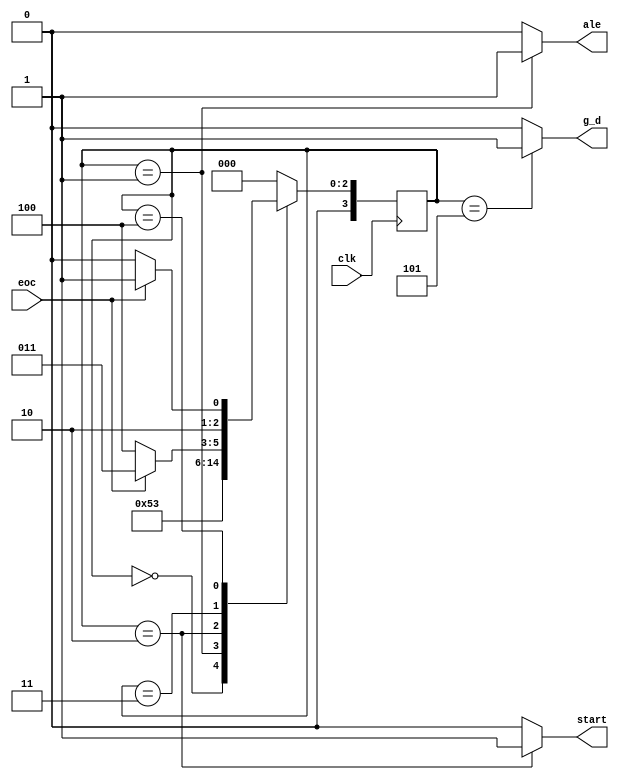
module Controller(clk, eoc, ale, start, g_d);
input clk, eoc;
output reg ale, start, g_d;
reg [3:0] cs, ns;

always @(posedge clk)
  cs <= ns;
  
always @(cs or eoc) begin
  case(cs)
    3'd0: ns <= 3'd1;
	 3'd1: ns <= 3'd2;
	 3'd2: ns <= 3'd3;
	 3'd3: ns <= (eoc)? 3'd3 : 3'd4;
	 3'd4: ns <= (eoc)? 3'd5 : 3'd4;
	 3'd5: ns <= 3'd0;
	 default: ns <= 3'd0;
  endcase
end

always @(cs) begin
  case(cs)
    3'd0: begin 
	         ale <= 0;
				start <= 0;
				g_d <= 0;
		    end
	 3'd1: begin 
	         ale <= 1;
				start <= 0;
				g_d <= 0;
		    end
	 3'd2: begin 
	         ale <= 0;
				start <= 1;
				g_d <= 0;
		    end 
	 3'd3: begin 
	         ale <= 0;
				start <= 0;
				g_d <= 0;
		    end 
	 3'd4: begin 
	         ale <= 0;
				start <= 0;
				g_d <= 0;
		    end
	 3'd5: begin 
	         ale <= 0;
				start <= 0;
				g_d <= 1;
		    end 
	 default: begin 
	            ale <= 0;
				   start <= 0;
				   g_d <= 0;
		       end
  endcase
end



endmodule